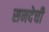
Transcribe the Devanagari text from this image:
सनदेची